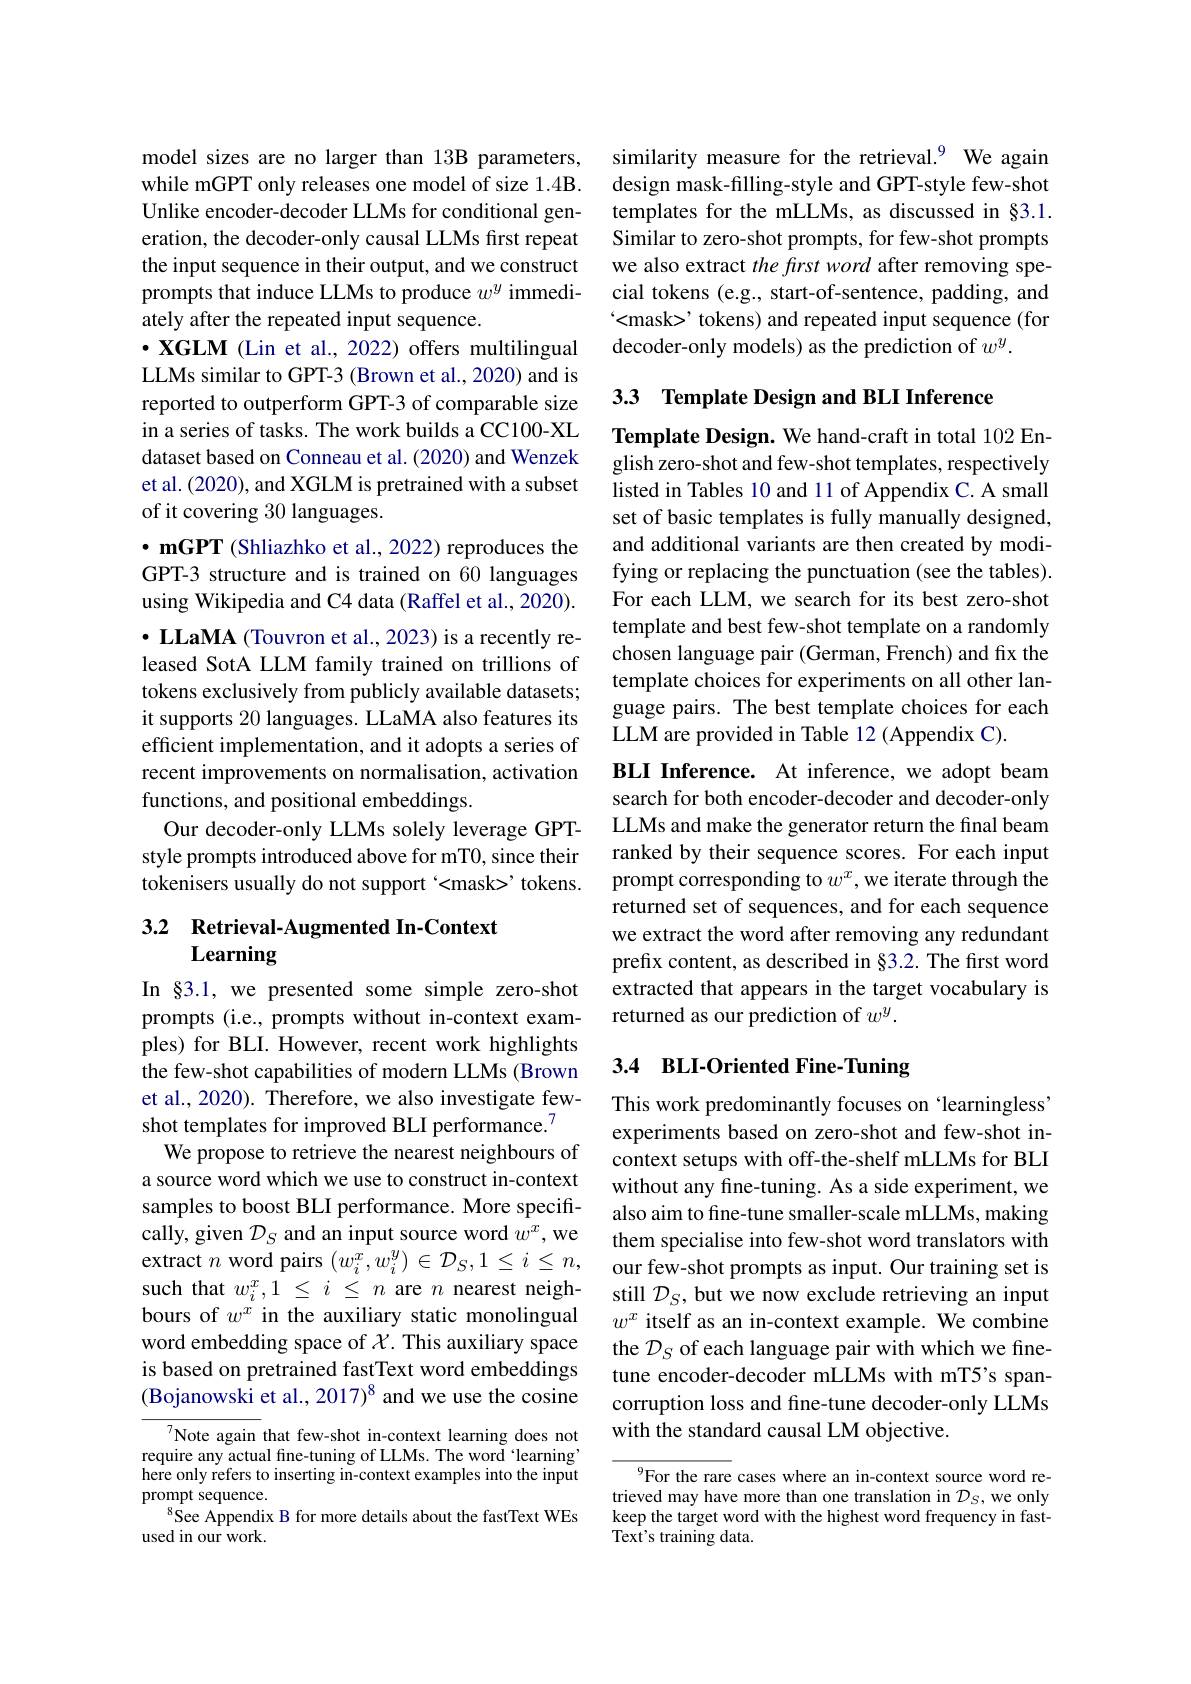
model sizes are no larger than 13B parameters, while mGPT only releases one model of size 1.4B. Unlike encoder- decoder LLMs for conditional generation, the decoder-only causal LLMs first repeat the input sequence in their output, and we construct prompts that induce LLMs to produce $w^y$ immediately after the repeated input sequence.
$\cdot$ XGLM (Lin et al., 2022) offers multilingual LLMs similar to GPT-3 (Brown et al., 2020) and is reported to outperform GPT-3 of comparable size in a series of tasks. The work builds a CC100-XL dataset based on Conneau et al. (2020) and Wenzek et al. (2020), and XGLM is pretrained with a subset of it covering 30 languages.
$\bullet\mathbf{mGPT}$ (Shliazhko et al., 2022) reproduces the GPT-3 structure and is trained on 60 languages using Wikipedia and C4 data (Raffel et al., 2020). $\cdot$ LLaMA (Touvron et al., 2023) is a recently released SotA LLM family trained on trillions of tokens exclusively from publicly available datasets; it supports 20 languages. LLaMA also features its efficient implementation, and it adopts a series of recent improvements on normalisation, activation functions, and positional embeddings.
Our decoder-only LLMs solely leverage GPTstyle prompts introduced above for mT0, since their tokenisers usually do not support '<mask> tokens.

## 3.2 Retrieval-Augmented In-Context Learning

In §3.1, we presented some simple zero-shot prompts (i.e., prompts without in-context examples) for BLI. However, recent work highlights the few-shot capabilities of modern LLMs (Brown et al., 2020). Therefore, we also investigate fewshot templates for improved BLI performance.$^{7}$
We propose to retrieve the nearest neighbours of a source word which we use to construct in-context samples to boost BLI performance. More specifically, given $\mathcal{D}_S$ and an input source word $w^x$, we extract $n$ word pairs $(w_i^x,w_i^y)\in\mathcal{D}_S,1\leq i\leq n$, such that $w_i^x, 1$ $\leq$ $i$ $\leq$ $n$ are $n$ nearest neighbours of $w^x$ in the auxiliary static monolingual word embedding space of $\chi$. This auxiliary space is based on pretrained fastText word embeddings (Bojanowski et al., 2017)$^{8}$ and we use the cosine

Note again that few-shot in-context learning does not require any actual fine-tuning of LLMs. The word 'learning' here only refers to inserting in-context examples into the input prompt sequence.
See Appendix B for more details about the fastText WEs
used in our work.

similarity measure for the retrieval.$^{9}$ We again design mask-filling-style and GPT-style few-shot templates for the mLLMs, as discussed in §3.1. Similar to zero-shot prompts, for few-shot prompts we also extract the frst word after removing special tokens (e.g., start-of-sentence, padding, and <mask>' tokens) and repeated input sequence (for decoder-only models) as the prediction of $w^y.$

## 3.3 Template Design and BLI Inference

Template Design. We hand-craft in total 102 English zero-shot and few-shot templates, respectively listed in Tables 10 and 11 of Appendix C. A small set of basic templates is fully manually designed, and additional variants are then created by modifying or replacing the punctuation (see the tables) For each LLM, we search for its best zero-shot template and best few-shot template on a randomly chosen language pair (German, French) and fix the template choices for experiments on all other language pairs. The best template choices for each LLM are provided in Table 12 (Appendix C)

BLI Inference. At inference, we adopt beam search for both encoder-decoder and decoder-only LLMs and make the generator return the final beam ranked by their sequence scores. For each input prompt corresponding to $w^x$,we iterate through the returned set of sequences, and for each sequence we extract the word after removing any redundant prefix content, as described in §3.2. The first word extracted that appears in the target vocabulary is returned as our prediction of $w^y.$

## 3.4 BLI-Oriented Fine-Tuning

This work predominantly focuses on “learningless' experiments based on zero-shot and few-shot incontext setups with off-the-shelf mLLMs for BLI without any fine-tuning. As a side experiment, we also aim to fine-tune smaller-scale mLLMs, making them specialise into few-shot word translators with our few-shot prompts as input. Our training set is still $\mathcal{D}_S$, but we now exclude retrieving an input $w^x$ itself as an in-context example. We combine the $\mathcal{D}_S$ of each language pair with which we finetune encoder-decoder mLLMs with mT5's spancorruption loss and fine-tune decoder-only LLMs with the standard causal LM objective.

$^{9}$For the rare cases where an in-context source word retrieved may have more than one translation in $\mathcal{D}_S$,we only keep the target word with the highest word frequency in fastText's training data.